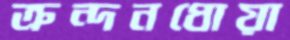
ক্রন্দনধোয়া